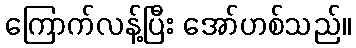
ကြောက်လန့်ပြီး အော်ဟစ်သည်။